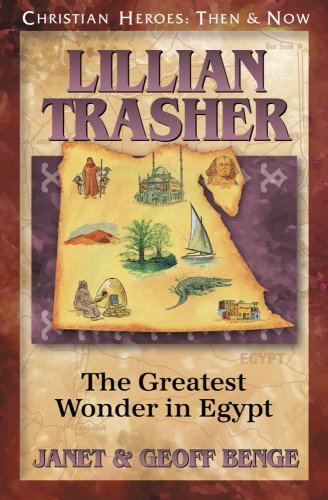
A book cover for Lillian Trasher: The Greatest Wonder in Egypt (Christian Heroes: Then & Now); Geoff Benge; Children's Books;